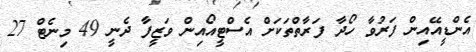
އެންޑީއޭއިން ފަރުވާ ހޯދާ ފަރާތްތަކަށް އެސްޓީއޯއިން ވަޒީފާ ދެނީ 49 މިނެޓް 27